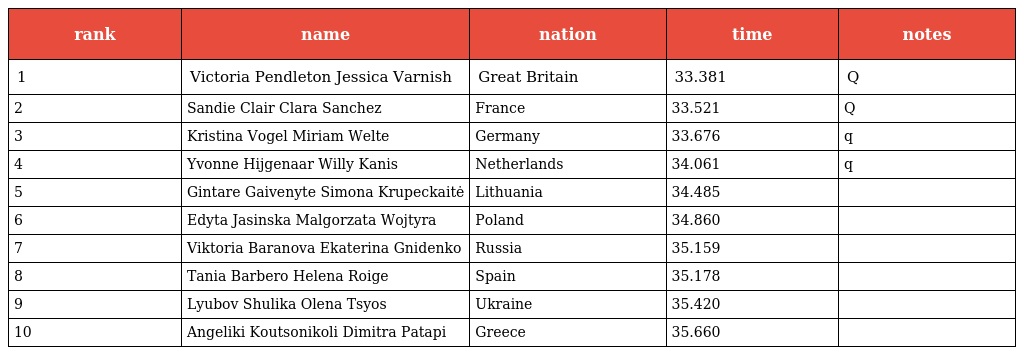
| rank | name | nation | time | notes |
 | --- | --- | --- | --- | --- |
 | 1 | Victoria Pendleton Jessica Varnish | Great Britain | 33.381 | Q |
 | 2 | Sandie Clair Clara Sanchez | France | 33.521 | Q |
 | 3 | Kristina Vogel Miriam Welte | Germany | 33.676 | q |
 | 4 | Yvonne Hijgenaar Willy Kanis | Netherlands | 34.061 | q |
 | 5 | Gintare Gaivenyte Simona Krupeckaitė | Lithuania | 34.485 |  |
 | 6 | Edyta Jasinska Malgorzata Wojtyra | Poland | 34.860 |  |
 | 7 | Viktoria Baranova Ekaterina Gnidenko | Russia | 35.159 |  |
 | 8 | Tania Barbero Helena Roige | Spain | 35.178 |  |
 | 9 | Lyubov Shulika Olena Tsyos | Ukraine | 35.420 |  |
 | 10 | Angeliki Koutsonikoli Dimitra Patapi | Greece | 35.660 |  |